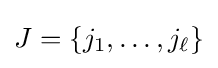
J=\{j_{1},\ldots ,j_{\ell }\}